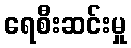
ရေစီးဆင်းမှု